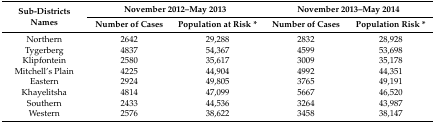
| <ROWSPAN=2> Sub-Districts Names | <COLSPAN=2> November 2012–May 2013 | <COLSPAN=2> November 2013–May 2014 |
 | Number of Cases | Population at Risk * | Number of Cases | Population Risk * |
 | --- | --- | --- | --- | --- |
 | Northern | 2642 | 29,288 | 2832 | 28,928 |
 | Tygerberg | 4837 | 54,367 | 4599 | 53,698 |
 | Klipfontein | 2580 | 35,617 | 3009 | 35,178 |
 | Mitchell’s Plain | 4225 | 44,904 | 4992 | 44,351 |
 | Eastern | 2924 | 49,805 | 3765 | 49,191 |
 | Khayelitsha | 4814 | 47,099 | 5667 | 46,520 |
 | Southern | 2433 | 44,536 | 3264 | 43,987 |
 | Western | 2576 | 38,622 | 3458 | 38,147 |